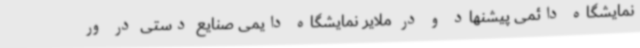
نمایشگاه دائمی پیشنهاد و در ملایر نمایشگاه دایمی صنایع دستی در ور